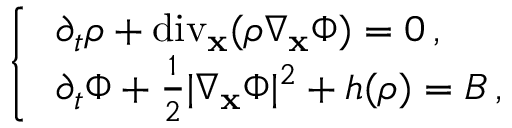
\begin{array} { r } { \left\{ \begin{array} { l l } { \, \partial _ { t } \rho + \mathrm { d i v } _ { \mathbf { x } } ( \rho \nabla _ { \mathbf { x } } \Phi ) = 0 \, , } \\ { \, \partial _ { t } \Phi + \frac { 1 } { 2 } | \nabla _ { \mathbf { x } } \Phi | ^ { 2 } + h ( \rho ) = B \, , } \end{array} \right. } \end{array}